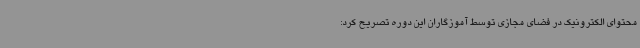
محتوای الکترونیک در فضای مجازی توسط آموزگاران این دوره تصریح کرد: